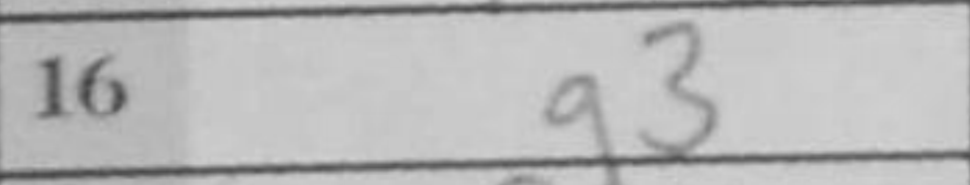
Transcription: g3